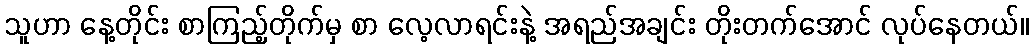
သူဟာ နေ့တိုင်း စာကြည့်တိုက်မှ စာ လေ့လာရင်းနဲ့ အရည်အချင်း တိုးတက်အောင် လုပ်နေတယ်။